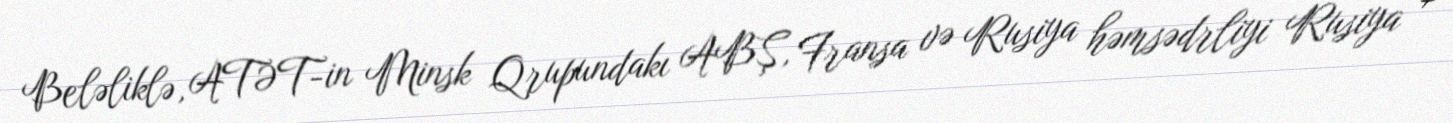
Beləliklə, ATƏT-in Minsk Qrupundakı ABŞ, Fransa və Rusiya həmsədrliyi Rusiya +